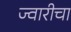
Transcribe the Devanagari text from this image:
ज्वारीचा